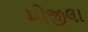
મોજીલા